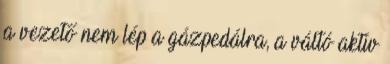
a vezető nem lép a gázpedálra, a váltó aktív